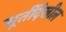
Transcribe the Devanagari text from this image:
मूर्तीदेखील